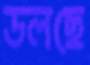
ডলছে